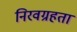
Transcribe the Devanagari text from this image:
निरवग्रहता